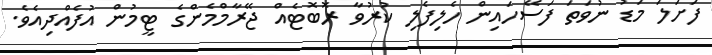
ފަށަލަ މަޑު ނުވަތަ ފަސޭހައިން ހެލިފެލި ކުރުވާ ރޮބޮޓެއް ޖޭރާމްމެންގެ ޓީމުން އުފެއްދިއެވެ.